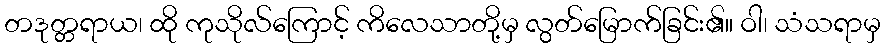
တဒုတ္တရာယ၊ ထို ကုသိုလ်ကြောင့် ကိလေသာတို့မှ လွတ်မြောက်ခြင်း၏။ ဝါ၊ သံသရာမှ